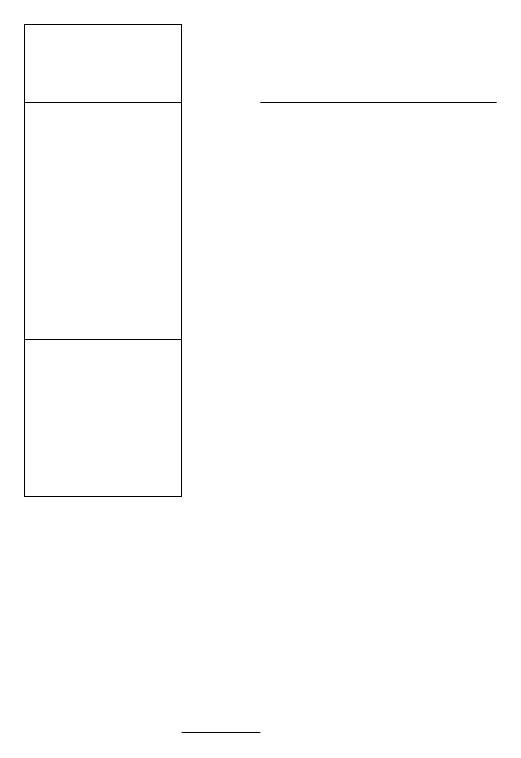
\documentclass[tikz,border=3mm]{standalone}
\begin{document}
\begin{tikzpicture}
\draw (3,10) rectangle (2,10);
\draw (0,19) rectangle (2,15);
\draw (2,13) rectangle (0,18);
\draw (6,18) rectangle (3,18);
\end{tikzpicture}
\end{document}